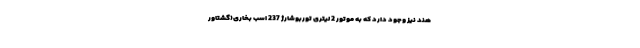
هند نیز وجود دارد که به موتور 2 لیتری توربوشارژ 237 اسب بخاری(گشتاور